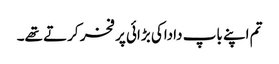
تم اپنے باپ داداکی بڑائی پر فخر کرتے تھے۔